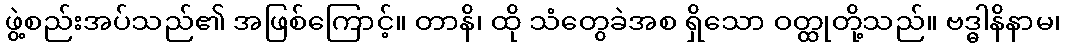
ဖွဲ့စည်းအပ်သည်၏ အဖြစ်ကြောင့်။ တာနိ၊ ထို သံတွေခဲအစ ရှိသော ဝတ္ထုတို့သည်။ ဗဒ္ဓါနိနာမ၊